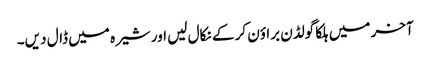
آخر میں ہلکا گولڈن براؤن کر کے نکال لیں اور شیرہ میں ڈال دیں۔